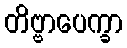
တိဗ္ဗာပေက္ခာ